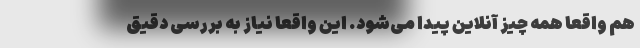
هم واقعاً همه چیز آنلاین پیدا می‌شود. این واقعاً نیاز به بررسی دقیق